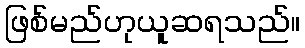
ဖြစ်မည်ဟုယူဆရသည်။